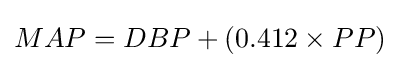
MAP=DBP+(0.412\times PP)